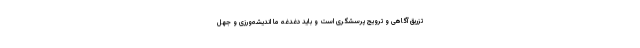
تزریق آگاهی و ترویج پرسشگری است و باید دغدغه ما اندیشه‌ورزی و جهل